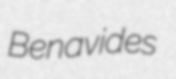
Benavides